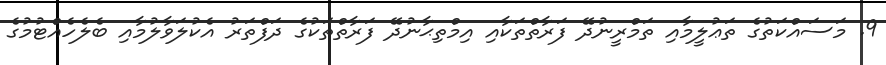
9. މަސައްކަތުގެ ތަޢުލީމާއި ތަމްރީނުދޭ ފަރާތްތަކާއި އިމްތިޙާނުދޭ ފަރާތްތަކުގެ ދަފްތަރު އެކުލަވާލުމާއި ބެލެހެއްޓުމުގެ